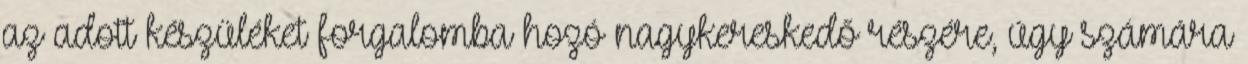
az adott készüléket forgalomba hozó nagykereskedő részére, úgy számára